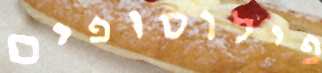
פילוסופים